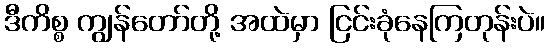
ဒီကိစ္စ ကျွန်တော်တို့ အထဲမှာ ငြင်းခုံနေကြတုန်းပဲ။